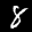
Label: 8